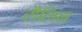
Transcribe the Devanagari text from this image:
रौलिन